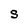
Character: S